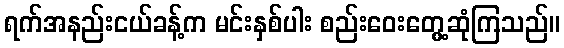
ရက်အနည်းငယ်ခန့်က မင်းနှစ်ပါး စည်းဝေးတွေ့ဆုံကြသည်။